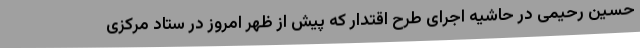
حسین رحیمی در حاشیه اجرای طرح اقتدار که پیش از ظهر امروز در ستاد مرکزی